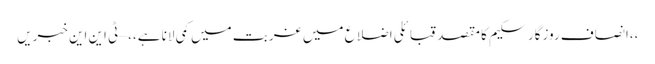
،،انصاف روزگار سکیم کا مقصد قبائلی اضلاع میں غربت میں کمی لانا ہے،، – ٹی این این خبریں